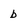
Character: b